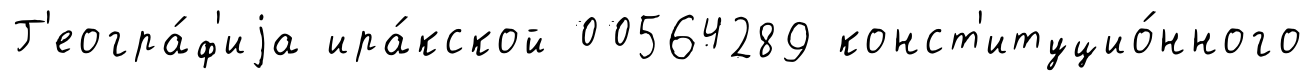
Г'еогра́ф'иjа ира́кской 00564289 конст'итуцио́нного